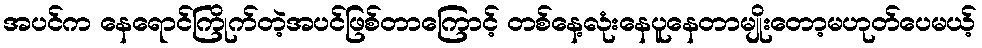
အပင်က နေရောင်ကြိုက်တဲ့အပင်ဖြစ်တာကြောင့် တစ်နေ့လုံးနေပူနေတာမျိုးတော့မဟုတ်ပေမယ့်